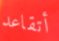
أتقاعد